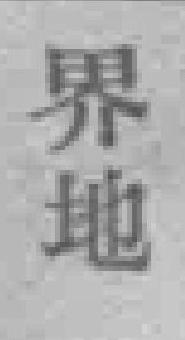
界地